Leaving Certificate Examination, 1918
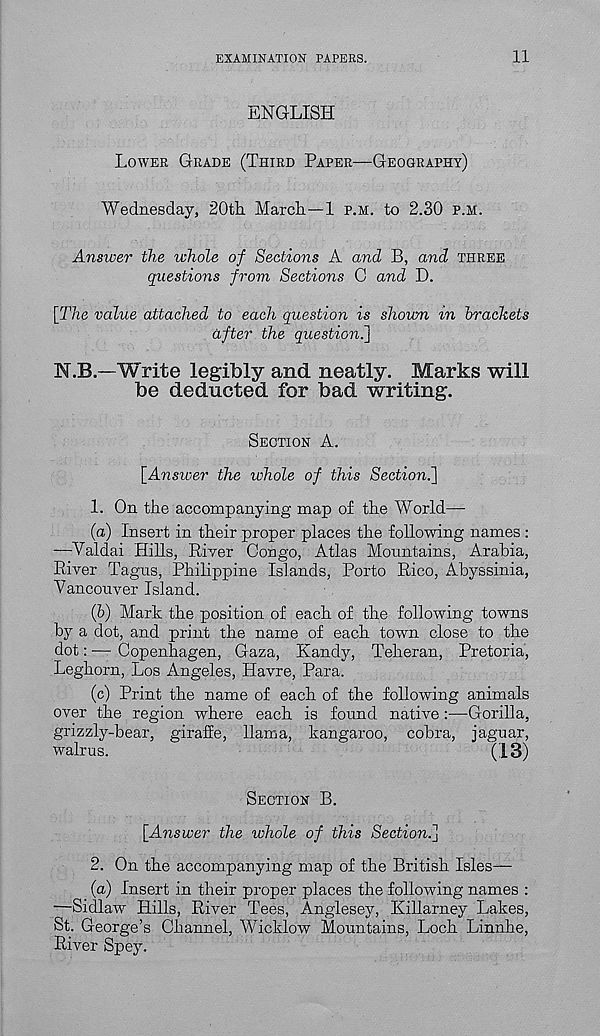
EXAMINATION PAPERS.
11
ENGLISH
LOWER GRADE (THIRD PAPER—GEOGRAPHY)
Wednesday, 20th March—1 P.M. to 2.30 P.M.
Answer the whole of Sections A and B, and THREE
questions from Sections C and D.
[The value attached to each question is shown in hrackets
after the question.']
N.B—Write legibly and neatly. Marks will
be deducted for bad writing.
SECTION A.
[Answer the whole of this Section.]
1. On the accompanying map of the World—-
(a) Insert in their proper places the following names :
-—Valdai Hills, Riyer Congo, Atlas Mountains, Arabia,
River Tagus, Philippine Islands, Porto Rico, Abyssinia,
Vancouver Island.
(b) Mark the position of each of the following towns
by a dot, and print the name of each town close to the
dot: — Copenhagen, Gaza, Kandy, Teheran, Pretoria,
Leghorn, Los Angeles, Havre, Para.
(c) Print the name of each of the following animals
over the region where each is found native :—Gorilla,
grizzly-bear, giraffe, llama, kangaroo, cobra, jaguar,
walrus.
(13)
SECTION B.
[Answer the whole of this Section.]
2. On the accompanying map of the British Isles—
(a) Insert in their proper places the following names :
—Sidlaw Hills, River Tees, Anglesey, Killarney Lakes,
St. George’s Channel, AVicklow Mountains, Loch Linnhe,
River Spey.